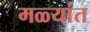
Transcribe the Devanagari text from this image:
मळ्यांत